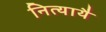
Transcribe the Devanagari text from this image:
नित्यायै